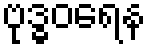
ဗုဒ္ဓဝရေန